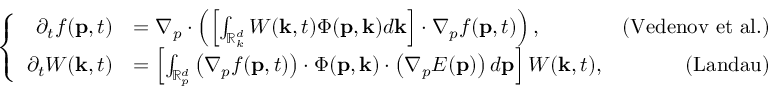
\left\{ \begin{array} { r l r } { \partial _ { t } f ( \mathbf { p } , t ) } & { = \nabla _ { p } \cdot \left( \left[ \int _ { \mathbb { R } _ { k } ^ { d } } W ( \mathbf { k } , t ) \Phi ( \mathbf { p } , \mathbf { k } ) d \mathbf { k } \right] \cdot \nabla _ { p } f ( \mathbf { p } , t ) \right) , } & { \mathrm { ( V e d e n o v ~ e t ~ a l . } ) } \\ { \partial _ { t } W ( \mathbf { k } , t ) } & { = \left[ \int _ { \mathbb { R } _ { p } ^ { d } } \left( \nabla _ { p } f ( \mathbf { p } , t ) \right) \cdot \Phi ( \mathbf { p } , \mathbf { k } ) \cdot \left( \nabla _ { p } E ( \mathbf { p } ) \right) d \mathbf { p } \right] W ( \mathbf { k } , t ) , } & { \mathrm { ( L a n d a u ) } } \end{array} \right.